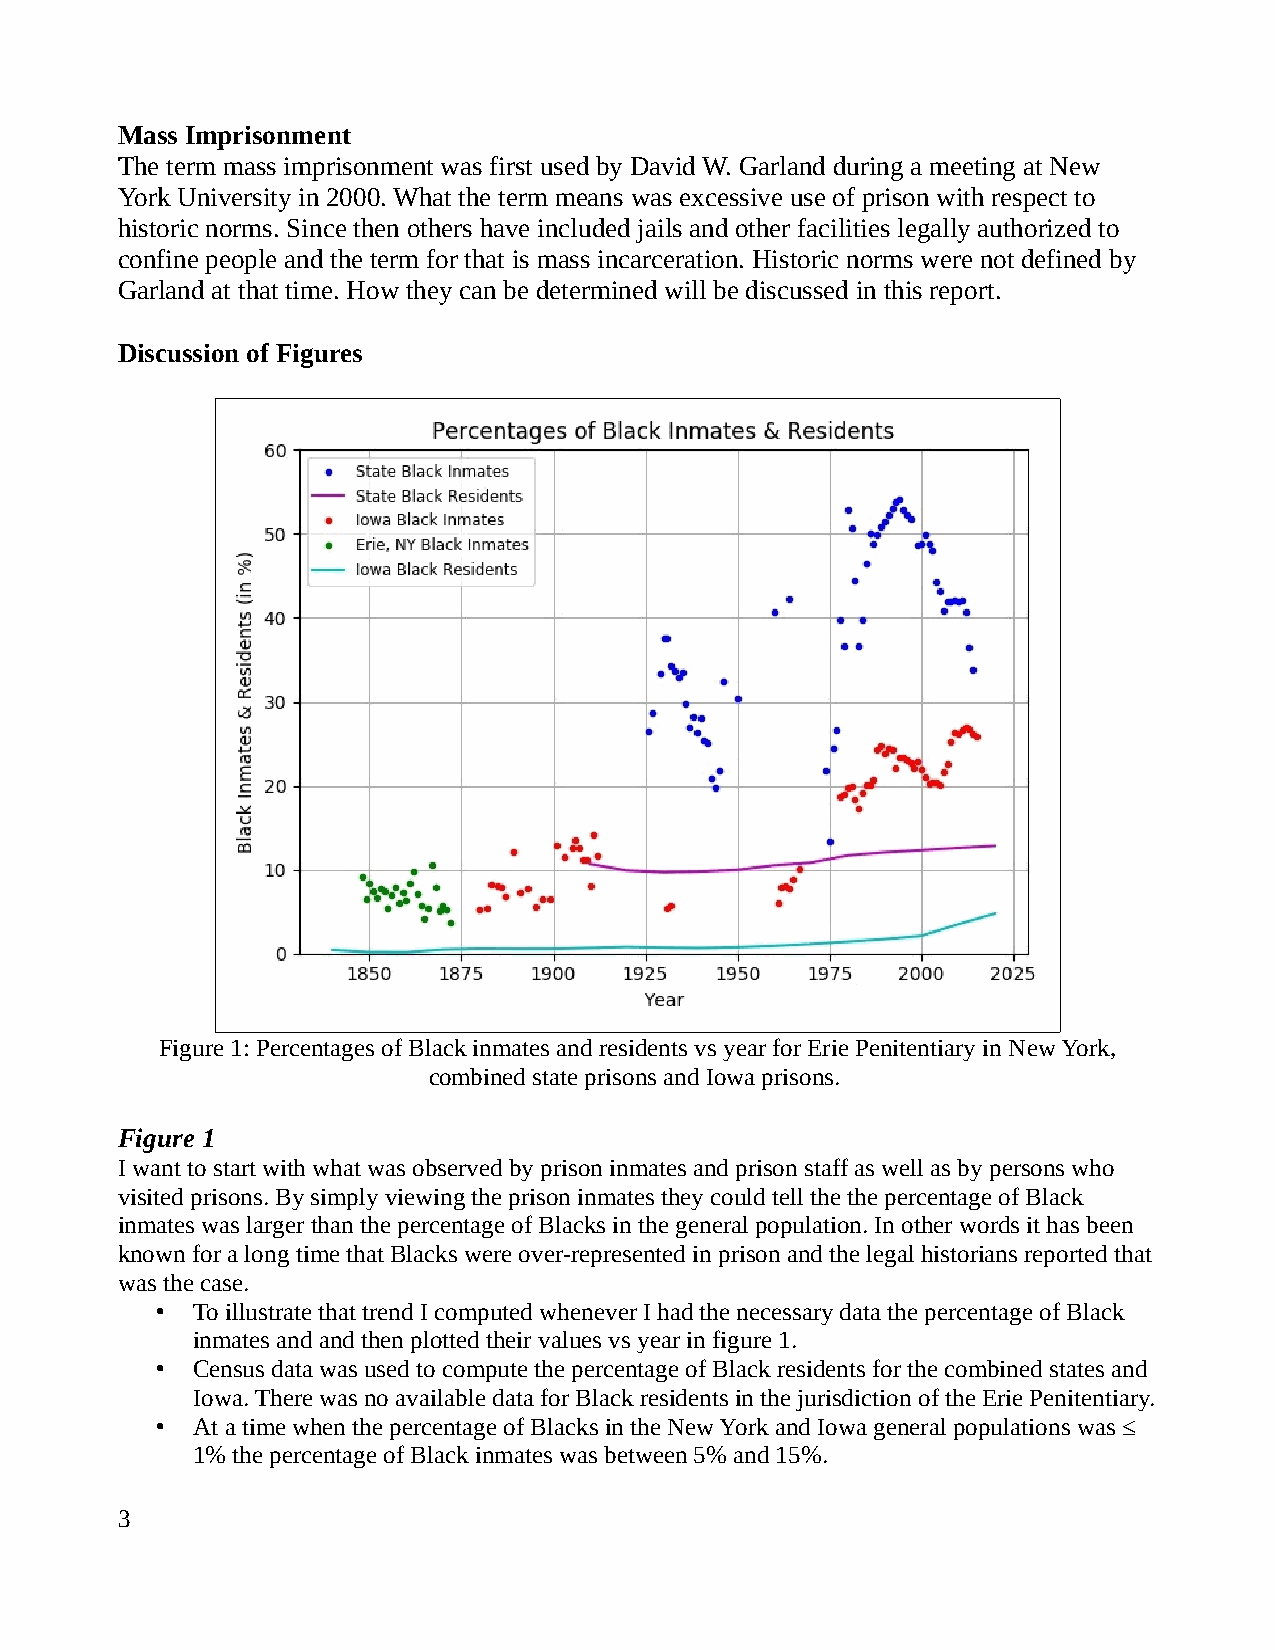
Mass Imprisonment
 The term mass imprisonment was first used by David W. Garland during a meeting at New
 York University in 2000. What the term means was excessive use of prison with respect to
 historic norms. Since then others have included jails and other facilities legally authorized to
 confine people and the term for that is mass incarceration. Historic norms were not defined by
 Garland at that time. How they can be determined will be discussed in this report.
 Discussion of Figures
 Figure 1: Percentages of Black inmates and residents vs year for Erie Penitentiary in New York,
 combined state prisons and Iowa prisons.
 Figure 1
 I want to start with what was observed by prison inmates and prison staff as well as by persons who
 visited prisons. By simply viewing the prison inmates they could tell the the percentage of Black
 inmates was larger than the percentage of Blacks in the general population. In other words it has been
 known for a long time that Blacks were over-represented in prison and the legal historians reported that
 was the case.
 •  To illustrate that trend I computed whenever I had the necessary data the percentage of Black
 inmates and and then plotted their values vs year in figure 1.
 •  Census data was used to compute the percentage of Black residents for the combined states and
 Iowa. There was no available data for Black residents in the jurisdiction of the Erie Penitentiary.
 •  At a time when the percentage of Blacks in the New York and Iowa general populations was ≤
 1% the percentage of Black inmates was between 5% and 15%.
 3